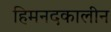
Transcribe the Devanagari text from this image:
हिमनदकालीन